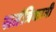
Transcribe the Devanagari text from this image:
सतंत्रिकानी